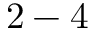
2 - 4